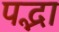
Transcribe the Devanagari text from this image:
पद्भा